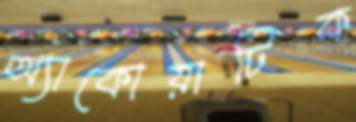
অ্যাকোয়াটিক